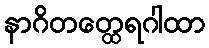
နာဂိတတ္ထေရဂါထာ